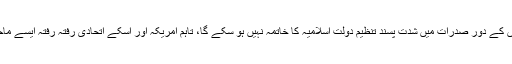
صدر براک اوباما نے اعتراف کیا کہ ان کے آخری نو مہینوں کے دور صدرات میں شدت پسند تنظیم دولت اسلامیہ کا خاتمہ نہیں ہو سکے گا، تاہم امریکہ اور اسکے اتحادی رفتہ رفتہ ایسے ماحول کو کم کرتے جائيں گے جس میں شدت پسند سرگرم ہیں۔